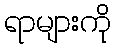
ရာများကို